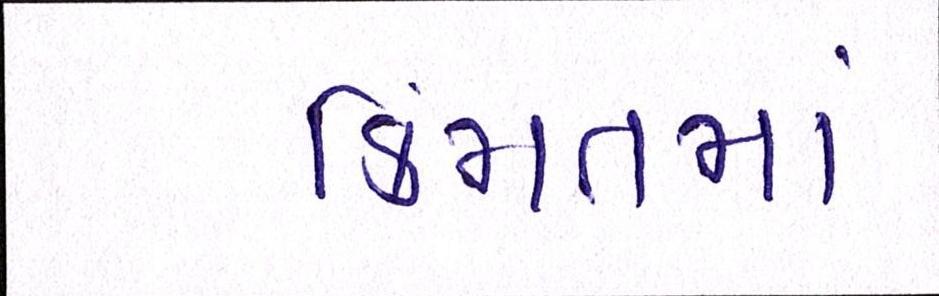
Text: કિંમતમાં